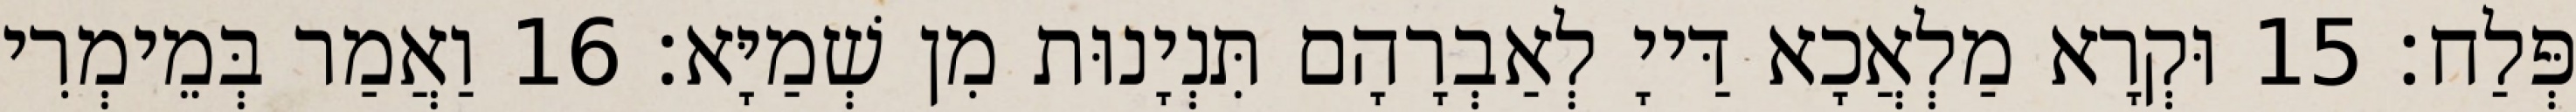
פְּלַח׃ 15 וּקְרָא מַלְאֲכָא דַּייָ לְאַבְרָהָם תִּנְיָנוּת מִן שְׁמַיָּא׃ 16 וַאֲמַר בְּמֵימְרִי